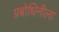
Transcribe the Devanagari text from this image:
प्रबोधिनीला